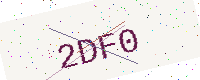
Text: 2DF0